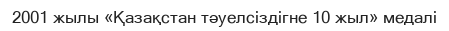
2001 жылы «Қазақстан тәуелсіздігне 10 жыл» медалі